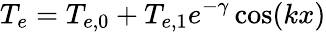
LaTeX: {T_{e}}={T_{e,0}}+{T_{e,1}}{e^{-\gamma}}\cos(kx)